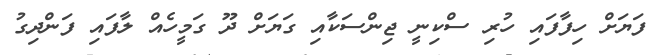
ފަޔަށް ހިފާފައި ހުރި ސްކިނީ ޖިންސަކާއި ގަޔަށް ދޫ ގަމީހެއް ލާފައި ފަންދިގު